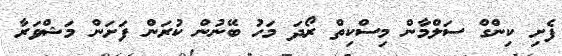
ފެށި ކިންގް ސަލްމާން މިސްކިތް ރޯދަ މަހު ބޭނުން ކުރަން ފަށަން މަޝްވަރާ